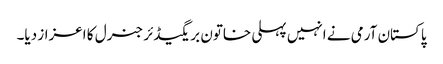
پاکستان آرمی نے انہیں پہلی خاتون بریگیڈئر جنرل کا اعزاز دیا۔